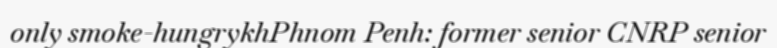
only smoke-hungrykhPhnom Penh: former senior CNRP senior